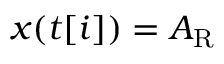
x ( t [ i ] ) = A _ { \mathrm { R } }